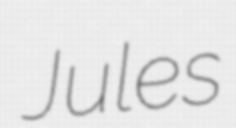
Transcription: Jules